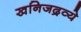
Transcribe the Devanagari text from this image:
खनिजद्रव्ये